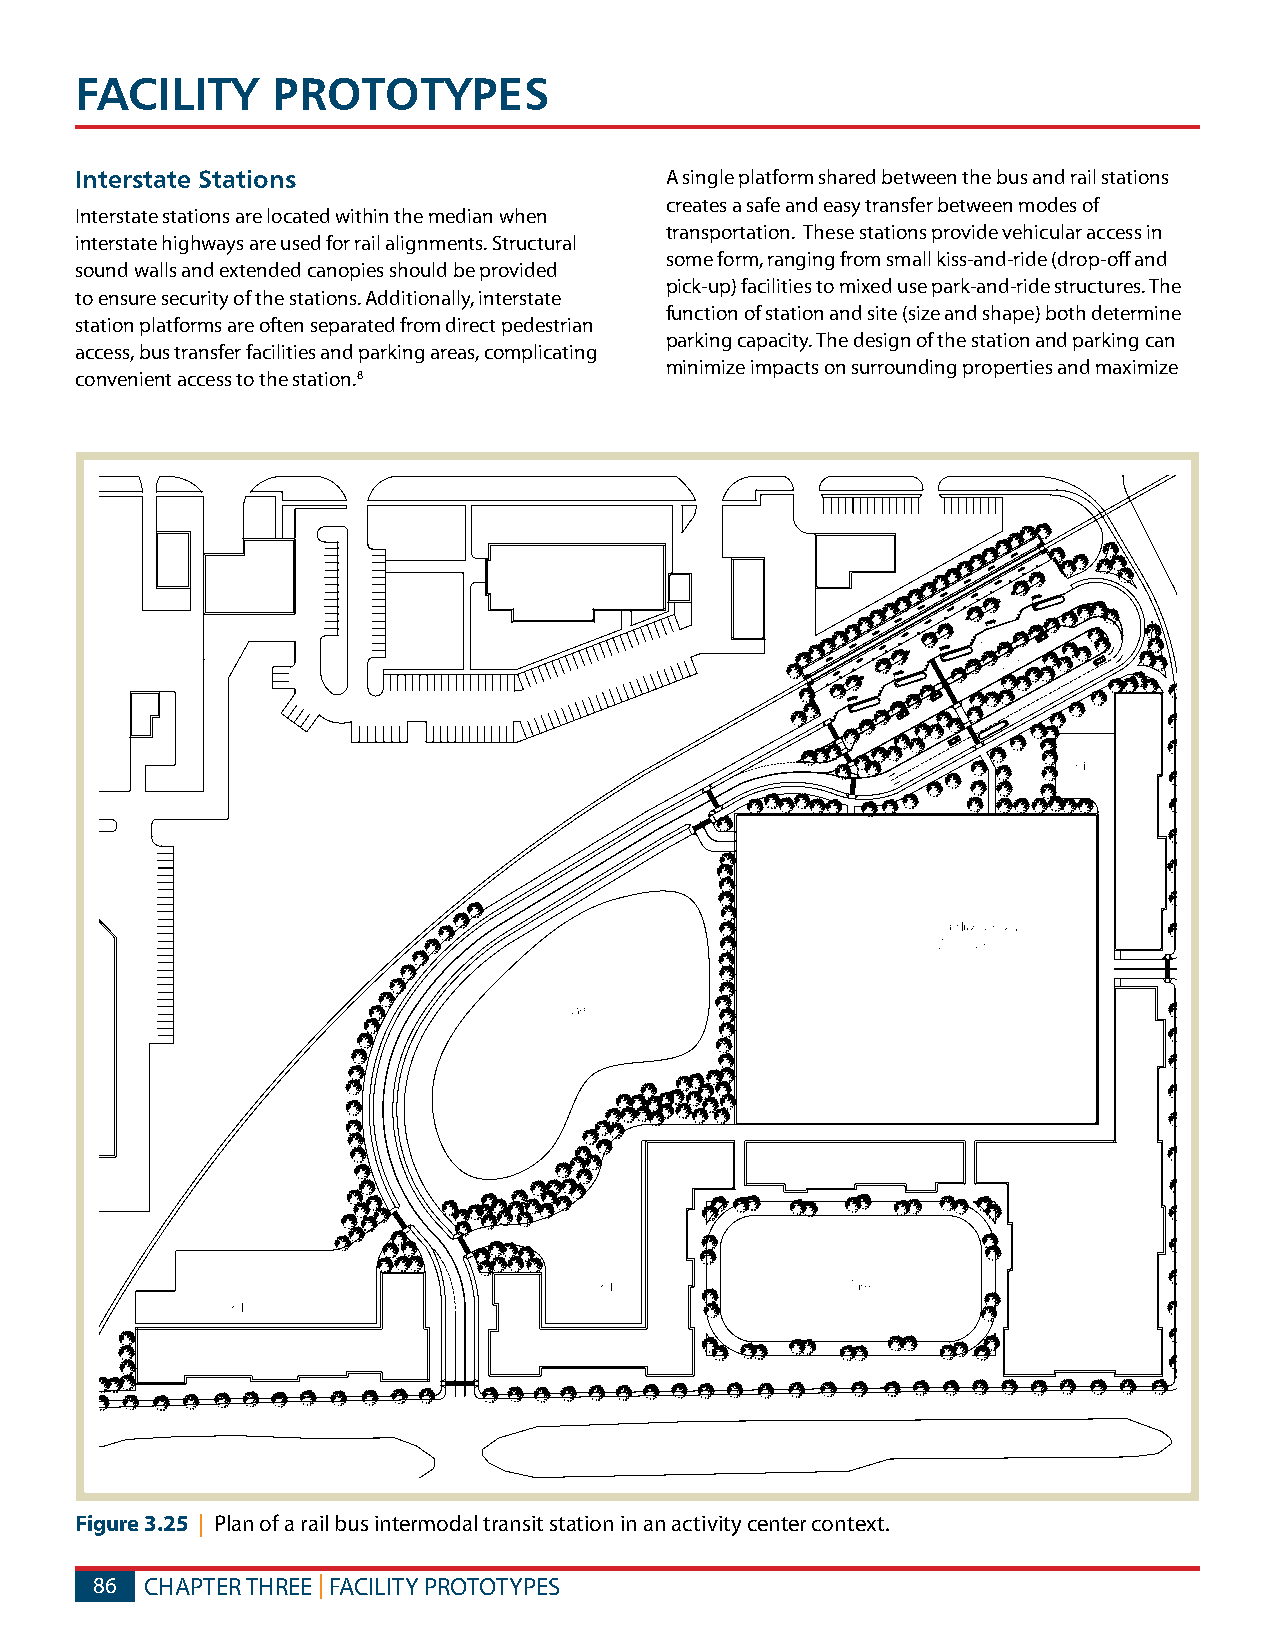
FACILITy     PROTOTyPES
 Interstate Stations                    A single platform shared between the bus and rail stations
 creates a safe and easy transfer between modes of
 Interstate stations are located within the median when
 transportation. These stations provide vehicular access in
 interstate highways are used for rail alignments. Structural
 some form, ranging from small kiss-and-ride (drop-off and
 sound walls and extended canopies should be provided
 pick-up) facilities to mixed use park-and-ride structures. The
 to ensure security of the stations. Additionally, interstate
 function of station and site (size and shape) both determine
 station platforms are often separated from direct pedestrian
 parking capacity. The design of the station and parking can
 access, bus transfer facilities and parking areas, complicating
 minimize impacts on surrounding properties and maximize
 convenient access to the station.8
 Figure 3.25 | Plan of a rail bus intermodal transit station in an activity center context.
 86  CHAPTER THREE | FACILITY PROTOTYPES